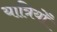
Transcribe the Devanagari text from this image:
यात्रियोँ